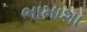
ભામાશા